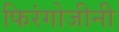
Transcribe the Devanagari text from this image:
फिरंगोजीनी